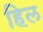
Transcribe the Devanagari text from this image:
हिल